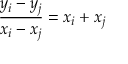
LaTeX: { \frac { y _ { i } - y _ { j } } { x _ { i } - x _ { j } } } = x _ { i } + x _ { j }